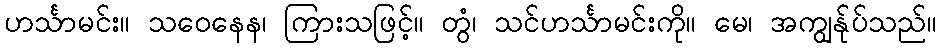
ဟင်္သာမင်း။ သဝေနေန၊ ကြားသဖြင့်။ တွံ၊ သင်ဟင်္သာမင်းကို။ မေ၊ အကျွန်ုပ်သည်။